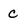
Character: c